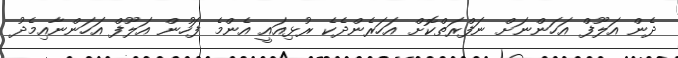
ދެން އަލޫފް އަހަންނަށް ނަފްރަތްކޮށް އަހަރެންދެކެ ރުޅިއައީ އެންމެ ފަހުން އަލޫފް އަހަންނާއިމެދު